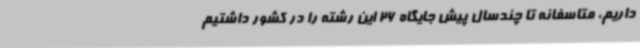
داریم، متاسفانه تا چندسال پیش جایگاه 26 این رشته را در کشور داشتیم